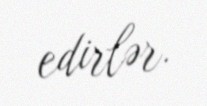
edirlər.